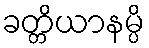
ခတ္တိယာနမ္ပိ